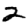
Digit: 2